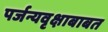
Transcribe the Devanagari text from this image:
पर्जन्यवृक्षाबाबत